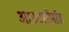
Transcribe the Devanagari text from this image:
आउटसोर्सड